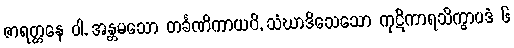
ဇာရတ္တနေ ဝါ, အန္တမသော တင်္ခဏိကာယပိ, သံဃာဒိသေသော ကုဋိကာရသိက္ခာပဒံ ၆